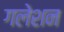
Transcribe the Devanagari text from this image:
गलेशन